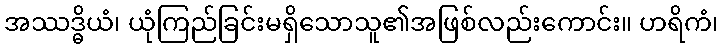
အဿဒ္ဓိယံ၊ ယုံကြည်ခြင်းမရှိသောသူ၏အဖြစ်လည်းကောင်း။ ဟရိကံ၊